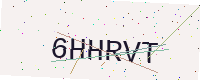
Text: 6HHRVT